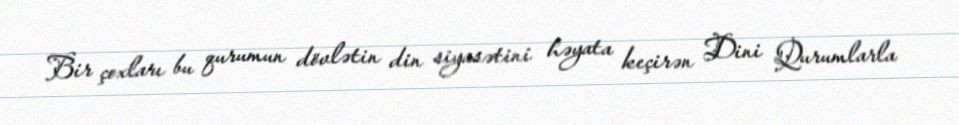
Bir çoxları bu qurumun dövlətin din siyasətini həyata keçirən Dini Qurumlarla